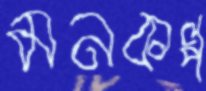
মনকল্প